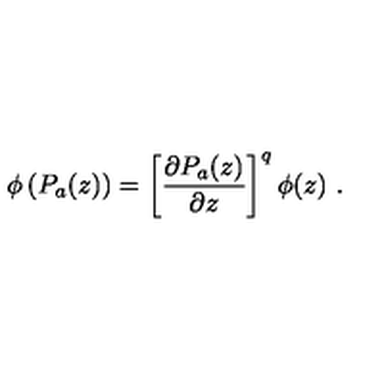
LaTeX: \phi \left( P _ { a } ( z ) \right) = \left[ \frac { \partial P _ { a } ( z ) } { \partial z } \right] ^ { q } \phi ( z ) \ .